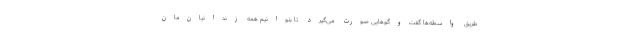
طریق واسطه‌ها گفت‌وگوهایی صورت می‌گیرد تا بتوانیم همه زندانیان‌مان